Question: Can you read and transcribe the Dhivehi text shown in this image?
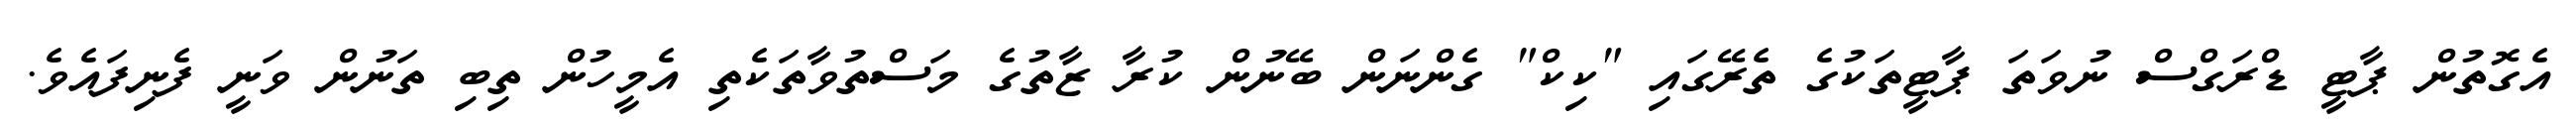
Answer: އެގޮތުން ޕާޓީ ޑްރަގްސް ނުވަތަ ޕާޓީތަކުގެ ތެރޭގައި "ކިކް" ގެންނަން ބޭނުން ކުރާ ޒާތުގެ މަސްތުވާތަކެތި އެމީހުން ތިބި ތަނުން ވަނީ ފެނިފައެވެ.